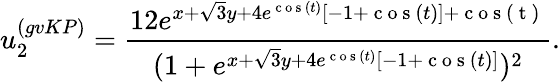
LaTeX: u_{2}^{(gvKP)}=\frac{12e^{x+\sqrt{3}y+4e^{\mathrm{~c~o~s~}(t)}[-1+\mathrm{~c~o~s~}(t)]+\mathrm{~c~o~s~(~t~)~}}}{(1+e^{x+\sqrt{3}y+4e^{\mathrm{~c~o~s~}(t)}[-1+\mathrm{~c~o~s~}(t)]})^{2}}.